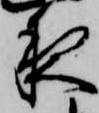
夜